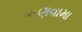
ભણવામા